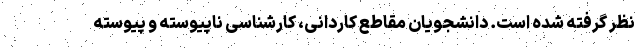
نظر گرفته شده است. دانشجویان مقاطع کاردانی، کارشناسی ناپیوسته و پیوسته